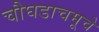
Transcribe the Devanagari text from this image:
चौघडाचमूचे